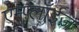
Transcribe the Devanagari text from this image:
एम्प्लॉईज